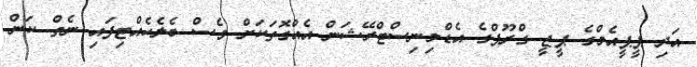
އަދި ޕީޕީއެމްގެ ޕީޖީ ގްރޫޕްގެ އެޑްމިނިސްޓްރޭޝަން އެއްގޮތަކަށް ވެސް ބެލެހެއްޓިފައި ނެތް ކަން